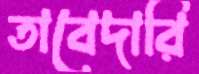
তাবেদারি